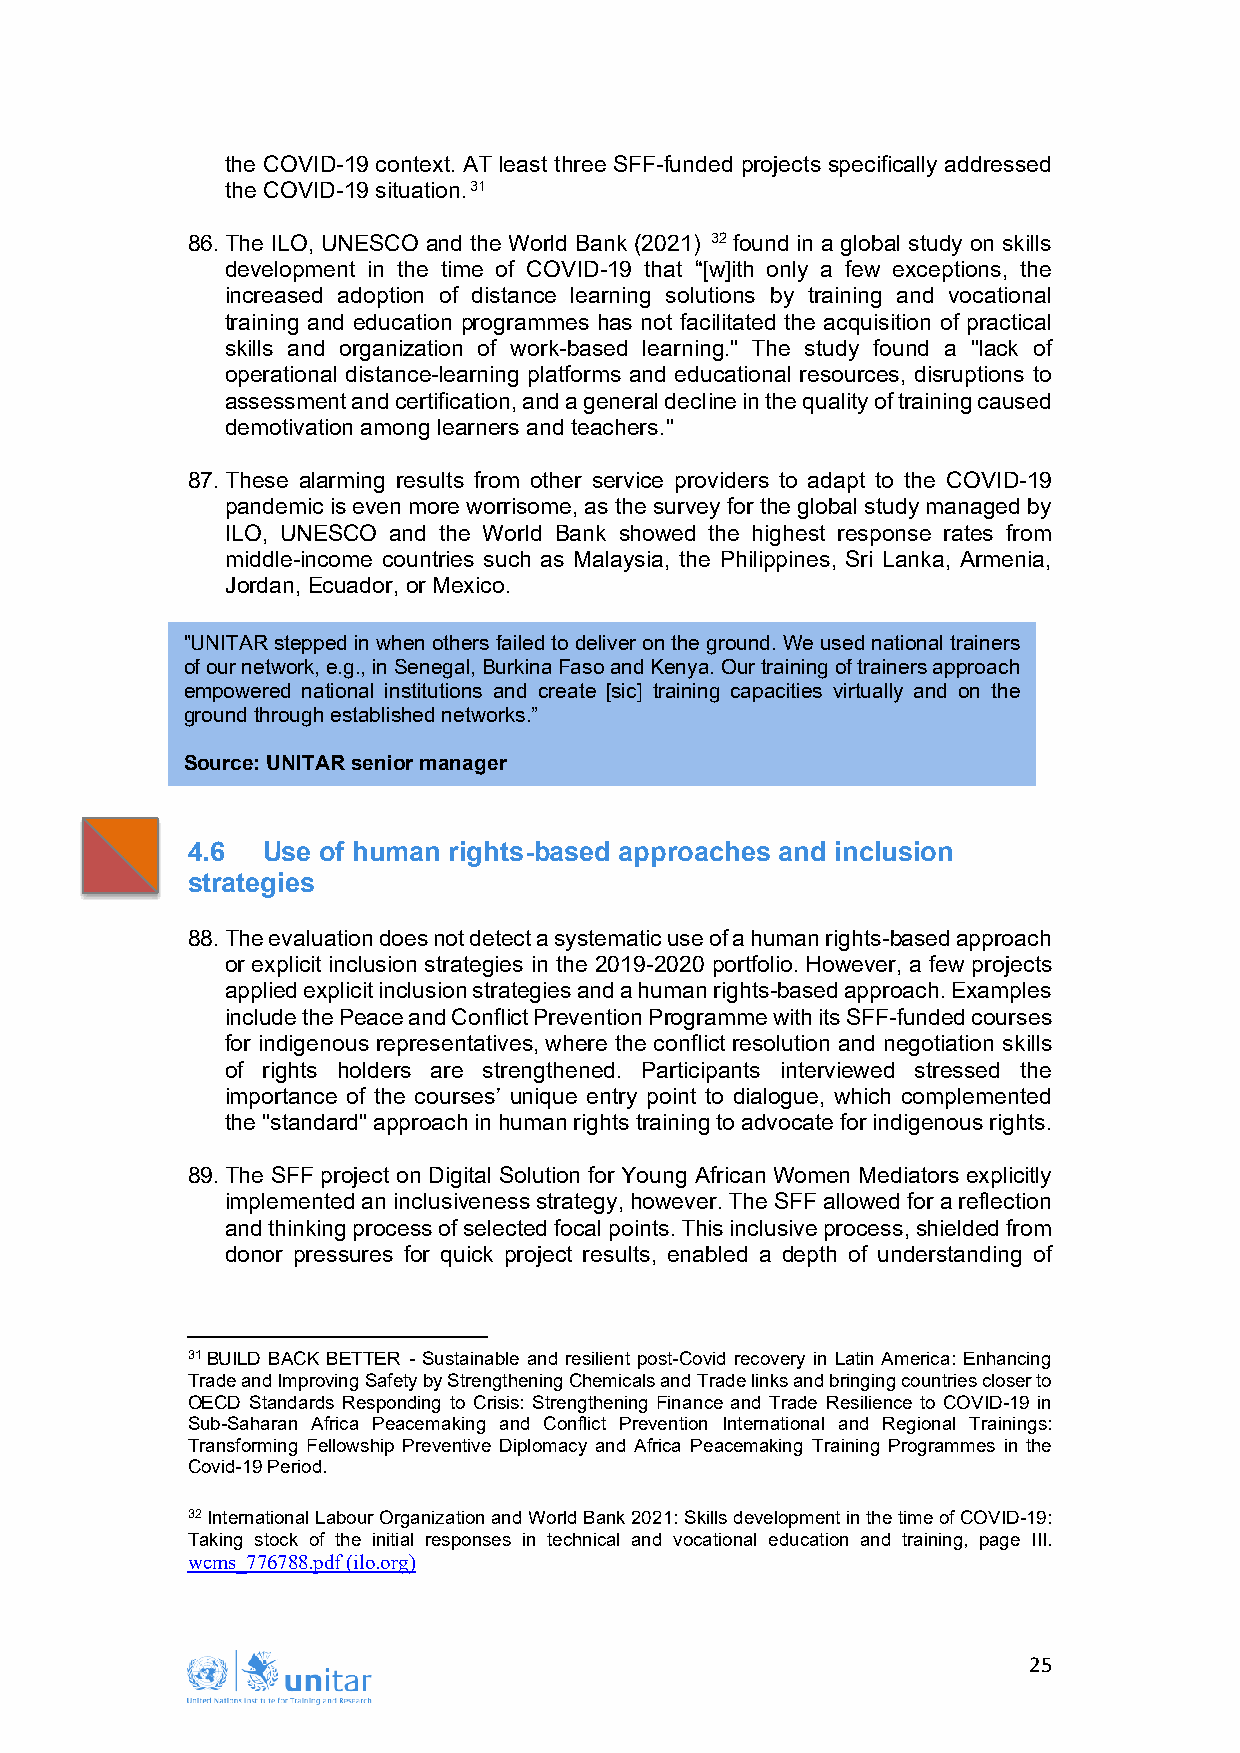
the COVID-19 context. AT least three SFF-funded projects specifically addressed
 the COVID-19 situation.31
 86. The ILO, UNESCO and the World Bank (2021) 32 found in a global study on skills
 development in the time of COVID-19 that “[w]ith only a few exceptions, the
 increased adoption of distance learning solutions by training and vocational
 training and education programmes has not facilitated the acquisition of practical
 skills and organization of work-based learning." The study found a "lack of
 operational distance-learning platforms and educational resources, disruptions to
 assessment and certification, and a general decline in the quality of training caused
 demotivation among learners and teachers."
 87. These alarming results from other service providers to adapt to the COVID-19
 pandemic is even more worrisome, as the survey for the global study managed by
 ILO, UNESCO and the World Bank showed the highest response rates from
 middle-income countries such as Malaysia, the Philippines, Sri Lanka, Armenia,
 Jordan, Ecuador, or Mexico.
 " UNITAR stepped in when others failed to deliver on the ground. We used national trainers
 o f our network, e.g., in Senegal, Burkina Faso and Kenya. Our training of trainers approach
 e mpowered national institutions and create [sic] training capacities virtually and on the
 g round through established networks.”
 S ource: UNITAR senior manager
 4.6  Use of human rights-based approaches and inclusion
 strategies
 88. The evaluation does not detect a systematic use of a human rights-based approach
 or explicit inclusion strategies in the 2019-2020 portfolio. However, a few projects
 applied explicit inclusion strategies and a human rights-based approach. Examples
 include the Peace and Conflict Prevention Programme with its SFF-funded courses
 for indigenous representatives, where the conflict resolution and negotiation skills
 of rights holders are strengthened. Participants interviewed stressed the
 importance of the courses’ unique entry point to dialogue, which complemented
 the "standard" approach in human rights training to advocate for indigenous rights.
 89. The SFF project on Digital Solution for Young African Women Mediators explicitly
 implemented an inclusiveness strategy, however. The SFF allowed for a reflection
 and thinking process of selected focal points. This inclusive process, shielded from
 donor pressures for quick project results, enabled a depth of understanding of
 31 BUILD BACK BETTER - Sustainable and resilient post-Covid recovery in Latin America: Enhancing
 Trade and Improving Safety by Strengthening Chemicals and Trade links and bringing countries closer to
 OECD Standards Responding to Crisis: Strengthening Finance and Trade Resilience to COVID-19 in
 Sub-Saharan Africa Peacemaking and Conflict Prevention International and Regional Trainings:
 Transforming Fellowship Preventive Diplomacy and Africa Peacemaking Training Programmes in the
 Covid-19 Period.
 32 International Labour Organization and World Bank 2021: Skills development in the time of COVID-19:
 Taking stock of the initial responses in technical and vocational education and training, page III.
 wcms_776788.pdf (ilo.org)
 25